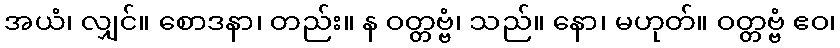
အယံ၊ လျှင်။ စောဒနာ၊ တည်း။ န ဝတ္တဗ္ဗံ၊ သည်။ နော၊ မဟုတ်။ ဝတ္တဗ္ဗံ ဧဝ၊